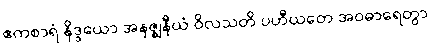
ဧကစာရံ နိဒ္ဒယော အနဇ္ဈနီယံ ဝိလသတိ ပဟီယတေ အဝဓာရေတွာ